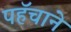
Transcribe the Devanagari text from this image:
पहॅचाने